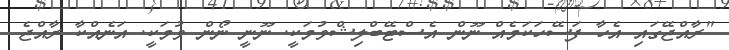
"ރާއްޖޭގައި އެހާ ފަސޭހަކަމެއް ނޫން އެސްޓޭބްލިޝްވުމަކީ. ނޫނީ ނޯން ވުމަކީ. އަނެއްކާ ރާއްޖެ